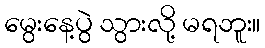
မွေးနေ့ပွဲ သွားလို့ မရဘူး။